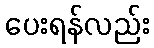
ပေးရန်လည်း